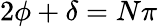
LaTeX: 2\phi+\delta=N\pi